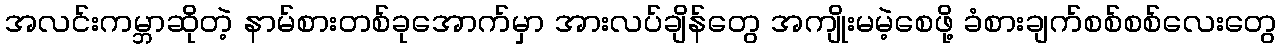
အလင်းကမ္ဘာဆိုတဲ့ နာမ်စားတစ်ခုအောက်မှာ အားလပ်ချိန်တွေ အကျိုးမမဲ့စေဖို့ ခံစားချက်စစ်စစ်လေးတွေ